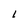
Character: l